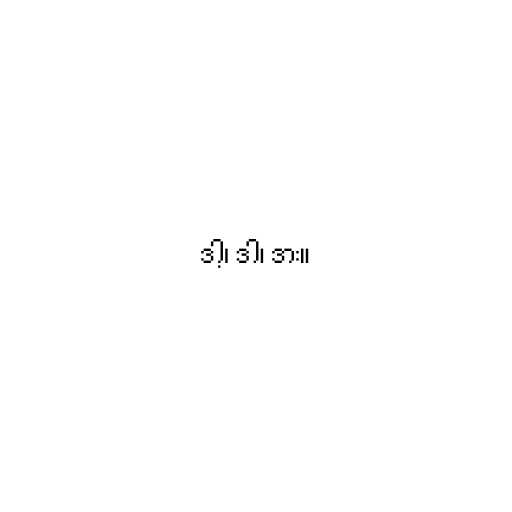
ဒါ့၊ ဒါ၊ ဒား။